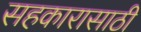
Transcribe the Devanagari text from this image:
सहकारासाठी